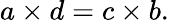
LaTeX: {a\times d}={c\times b}.